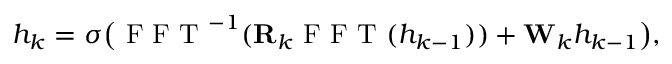
\begin{array} { r } { h _ { k } = \sigma \big ( \mathrm { ~ F ~ F ~ T ~ } ^ { - 1 } ( \mathbf { R } _ { k } \mathrm { ~ F ~ F ~ T ~ } ( h _ { k - 1 } ) ) + \mathbf { W } _ { k } h _ { k - 1 } \big ) , } \end{array}